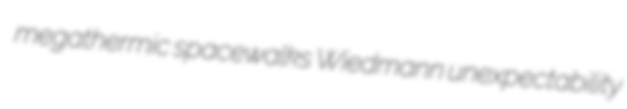
megathermic spacewalks Wiedmann unexpectability